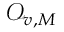
\mathcal { O } _ { v , M }